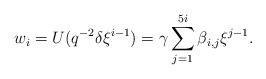
LaTeX: \begin{align*}w_i=U(q^{-2}\delta\xi^{i-1})=\gamma\sum_{j=1}^{5i}\beta_{i,j}\xi^{j-1}.\end{align*}